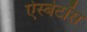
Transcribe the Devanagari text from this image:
ऐस्बेटॉस